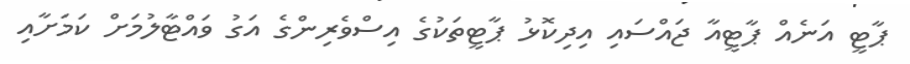
ޕާޓީ އަނެއް ޕާޓީއާ ޖައްސައި އިދިކޮޅު ޕާޓީތަކުގެ އިސްވެރިންގެ އަގު ވައްޓާލުމަށް ކަމަށާއި